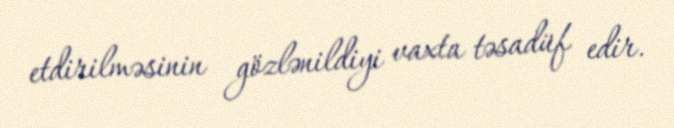
etdirilməsinin gözlənildiyi vaxta təsadüf edir.